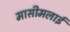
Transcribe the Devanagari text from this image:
मासीमलाई